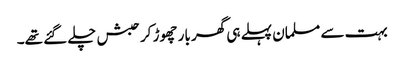
بہت سے مسلمان پہلے ہی گھر بار چھوڑ کر حبش چلے گئے تھے۔